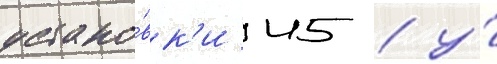
устано́вк'и 45 / у́